Document type: Sale
Year: 1423
Scribe: Joan Franc
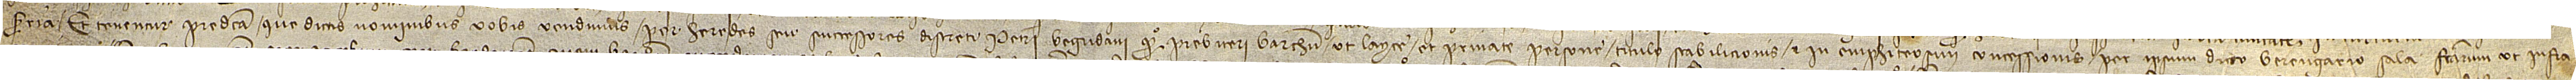
Sarrià. Et tenentur predicta que dictis nominibus vobis vendimus per heredes seu successores discreti Petri Begudani, quondam, presbiteri Barchinone, ut layce et private persone, titulo stabilicionis et in emphiteosim concessionis per ipsum dicto Berengario Sala factarum, ut infra